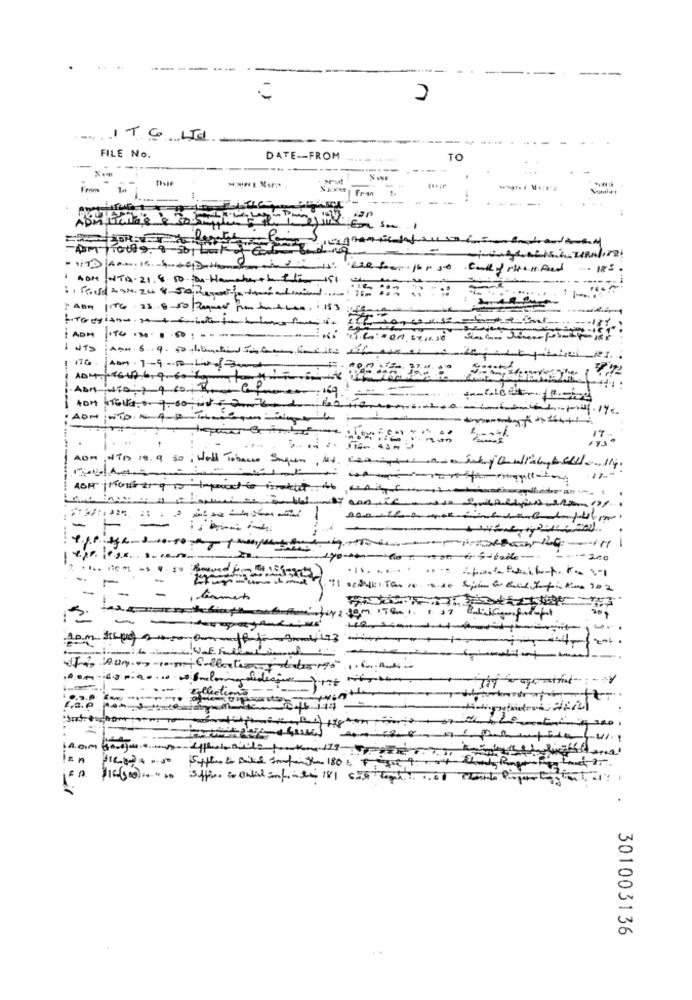
.. ..
.-...
ITGLId
FILE No.
DATE -- FROM
TO
-
From Ta
Fran
Naula't
Rs
NON WTA.21.8.50 ton Hancheck the 191
I ADMIT350 ---
104.116-19 619 60 10
ITG |AB . 1-9-50 LB
17
..
ADM Nis 18.9 so; Well Tobacco Suguen, los cartoonSeja withAsede, 114.
.17-
-
soorten one fineste ejuli.
-
-
-
-
--- 200
-
Etter - undLand
-
-
élections ----- )
14.O.M
lan
$10-(500) ..... ..
301003136